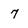
Character: 7